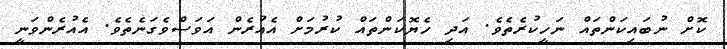
ކޮށް ނުބައިކަންތައް ނަހީކުރެތެވެ. އަދި ހެޔޮކަންތައް ކުރުމަށް އެއުރެން އަވަސްވެގަނެތެވެ. އެއުރެންވަނީ